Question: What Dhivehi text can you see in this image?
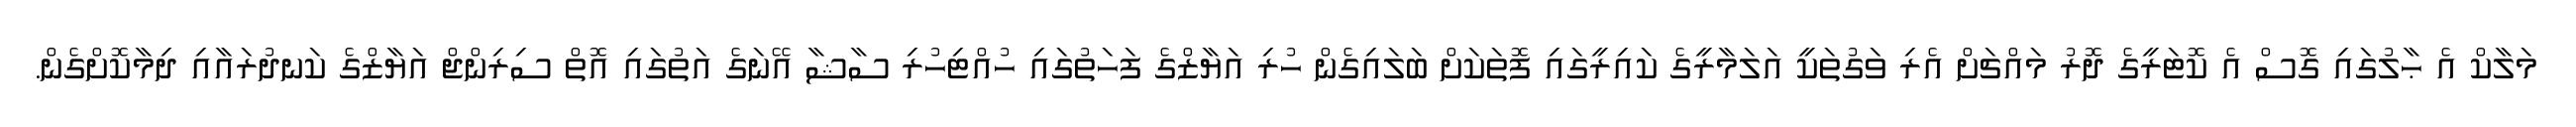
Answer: މަލާކް އެ ޙާލުގައި ގޮސް އެ ކޮޓަރީގެ ދޮރު މައްޗަށް އެރި ވަގުތަކީ އަލަމާރީގެ ކައިރީގައި ފޮތަކަށް ބަލައިގެން ހުރި އަޔާޒްގެ ފަހަތުގައި ހުއްޓިހުރި ސާޝާ އޭނަގެ އަތުގައި އޮތް ސިރިންޖް އަޔާޒްގެ ކަނދުރައާއި ދިމާކޮށްގެން.